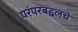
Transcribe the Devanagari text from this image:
परंपरबद्दलचे